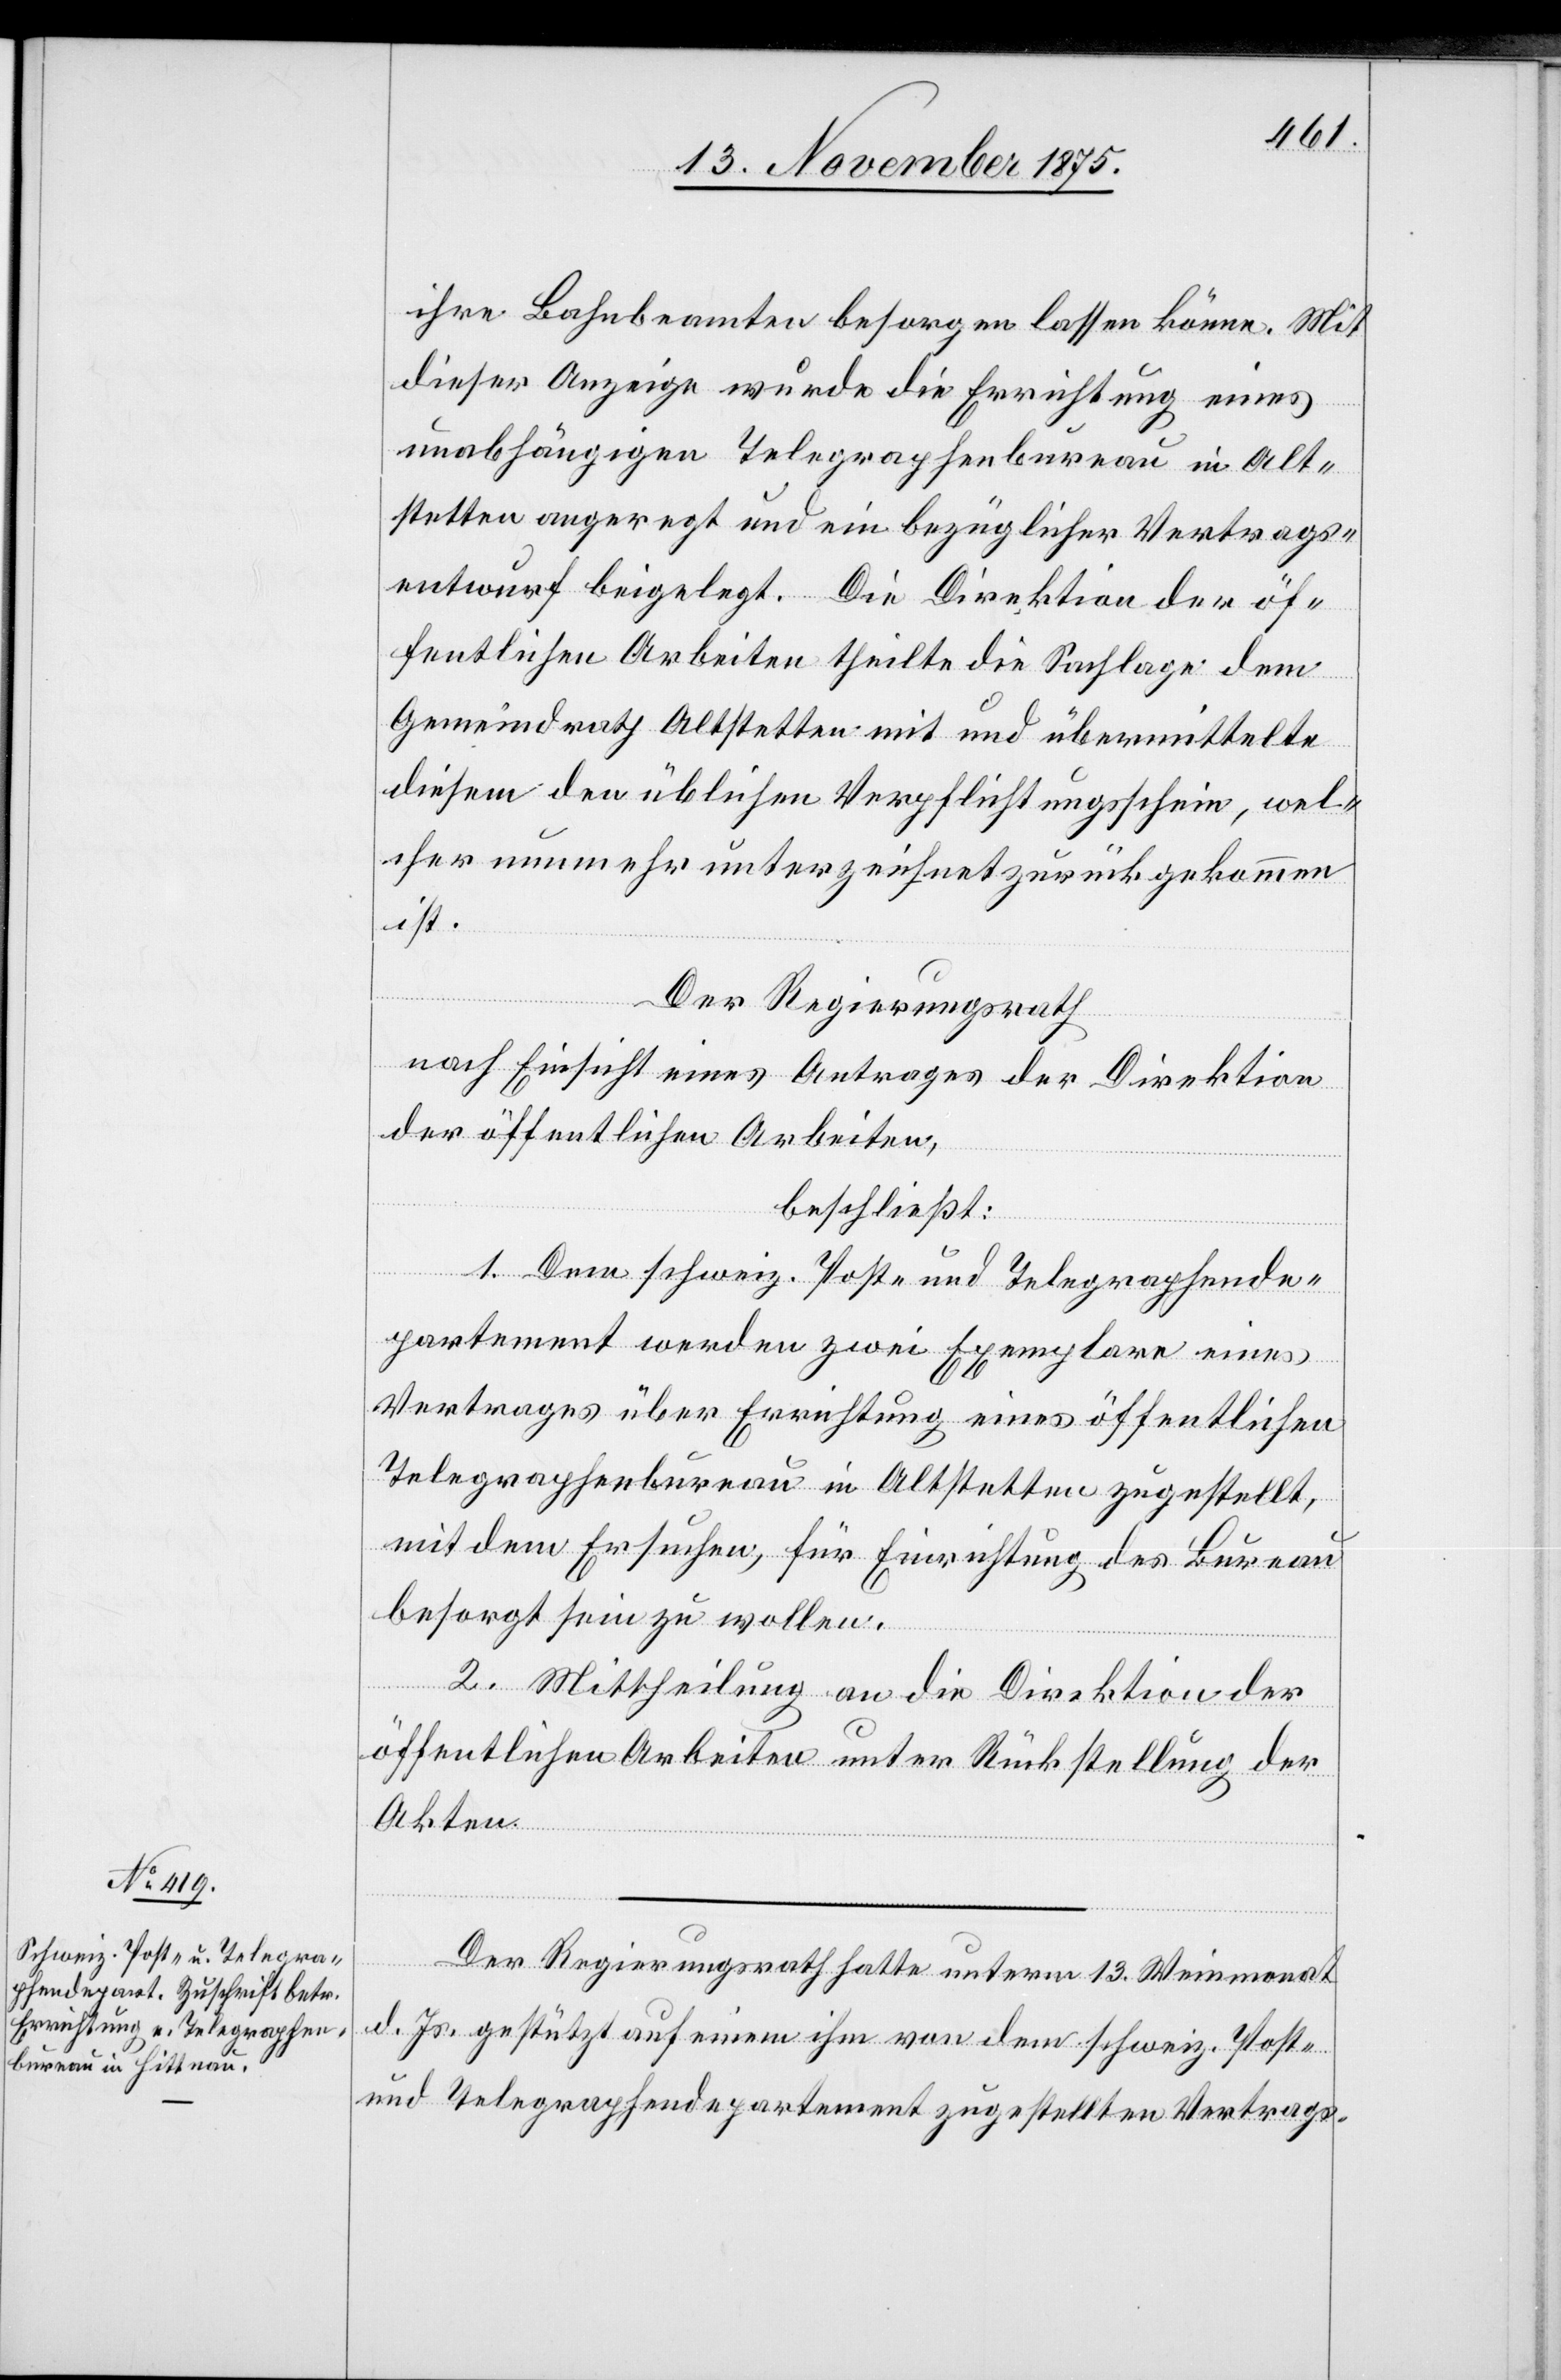
ihre Bahnbeamten besorgen lassen könne. Mit
dieser Anzeige wurde die Errichtung eines
unabhängigen Telegraphenbureau in Alt¬
stetten angeregt und ein bezüglicher Vertrags¬
entwurf beigelegt. Die Direktion der öf¬
fentlichen Arbeiten theilte die Sachlage dem
Gemeindrath Altstetten mit und übermittelte
diesem den üblichen Verpflichtungsschein, wel¬
cher nunmehr unterzeichnet zurückgekommen
ist.
Der Regierungsrath
nach Einsicht eines Antrages der Direktion
der öffentlichen Arbeiten,
beschließt:
1. Dem schweiz. Post- und Telegraphende¬
partement werden zwei Exemplare eines
Vertrages über Errichtung eines öffentlichen
Telegraphenbureau in Altstetten zugestellt,
mit dem Ersuchen, für Einrichtung des Bureau
besorgt sein zu wollen.
2. Mittheilung an die Direktion der
öffentlichen Arbeiten unter Rückstellung der
Akten.
Der Regierungsrath hatte unterm 13. Weinmonat
d. Js. gestützt auf einem ihm von dem schweiz. Post-
und Telegraphendepartement zugestellten Vertrags-